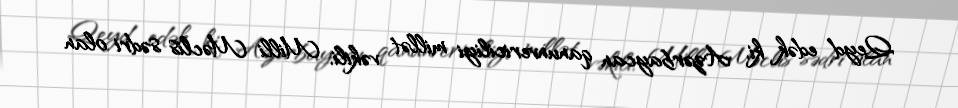
Qeyd edək ki, Azərbaycan qanunvericiliyi millət vəkili, Milli Məclis sədri olan